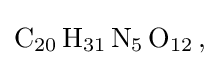
{\ce {C20 H31 N5 O12 ,}}